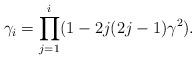
LaTeX: \begin{align*}\gamma_{i}=\prod_{j=1}^{i}(1-2j(2j-1)\gamma^{2}).\end{align*}